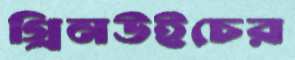
গ্রিনউইচের